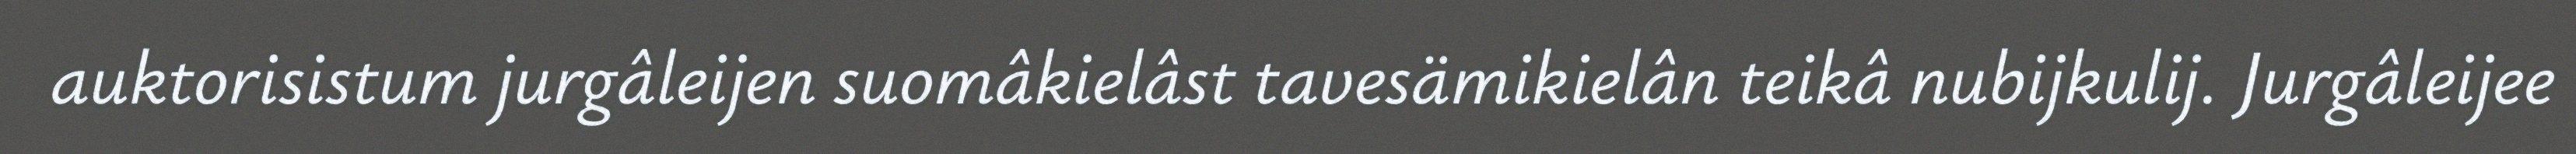
auktorisistum jurgâleijen suomâkielâst tavesämikielân teikâ nubijkulij. Jurgâleijee